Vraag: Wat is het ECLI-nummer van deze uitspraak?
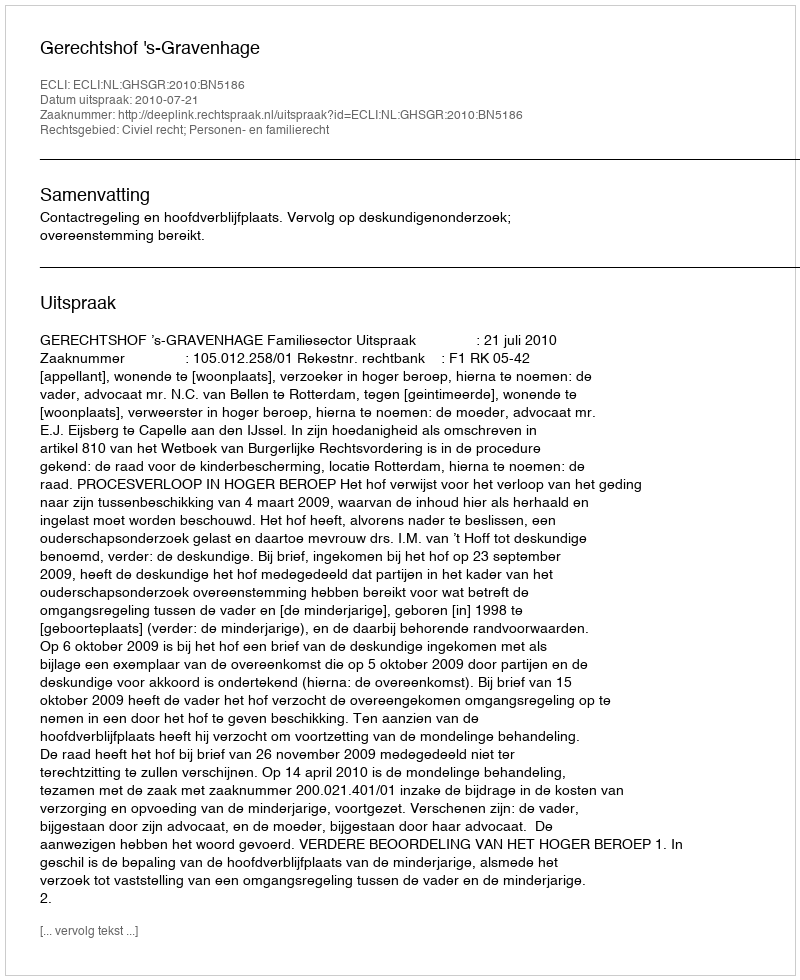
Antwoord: ECLI:NL:GHSGR:2010:BN5186